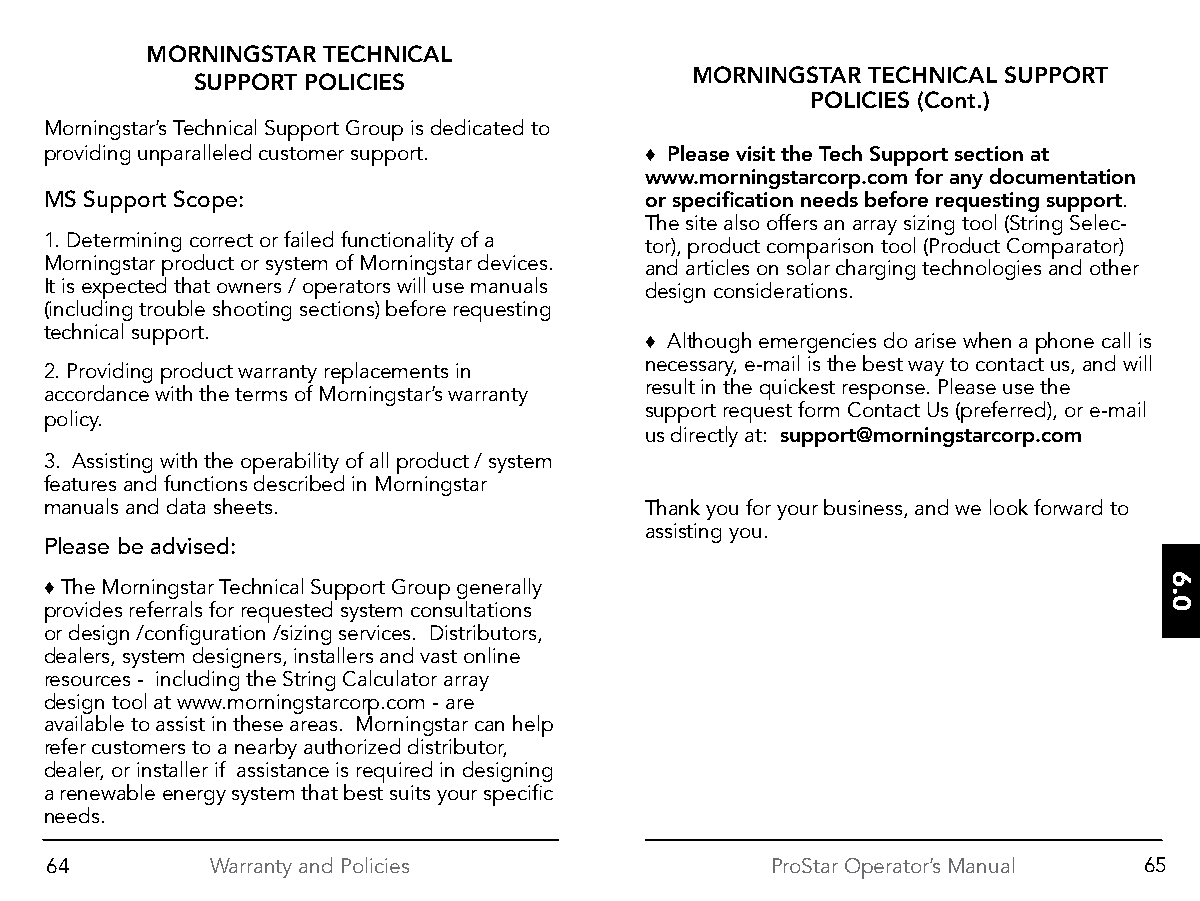
MORNINGSTAR TECHNICAL
 MORNINGSTAR TECHNICAL SUPPORT
 SUPPORT POLICIES
 POLICIES (Cont.)
 Morningstar’s Technical Support Group is dedicated to
 providing unparalleled customer support. ♦ Please visit the Tech Support section at
 www.morningstarcorp.com for any documentation
 MS Support Scope:                       or specification needs before requesting support.
 The site also offers an array sizing tool (String Selec-
 1. Determining correct or failed functionality of a tor), product comparison tool (Product Comparator)
 Morningstar product or system of Morningstar devices. and articles on solar charging technologies and other
 It is expected that owners / operators will use manuals design considerations.
 (including trouble shooting sections) before requesting
 technical support.
 ♦ Although emergencies do arise when a phone call is
 necessary, e-mail is the best way to contact us, and will
 2. Providing product warranty replacements in
 result in the quickest response. Please use the
 accordance with the terms of Morningstar’s warranty
 support request form Contact Us (preferred), or e-mail
 policy.
 us directly at: support@morningstarcorp.com
 3. Assisting with the operability of all product / system
 features and functions described in Morningstar
 manuals and data sheets.                Thank you for your business, and we look forward to
 assisting you.
 Please be advised:
 ♦ The Morningstar Technical Support Group generally
 provides referrals for requested system consultations
 or design /configuration /sizing services. Distributors,
 dealers, system designers, installers and vast online
 resources - including the String Calculator array
 design tool at www.morningstarcorp.com - are
 available to assist in these areas. Morningstar can help
 refer customers to a nearby authorized distributor,
 dealer, or installer if assistance is required in designing
 a renewable energy system that best suits your specific
 needs.
 64         Warranty and Policies                ProStar Operator’s Manual 65
 6.0